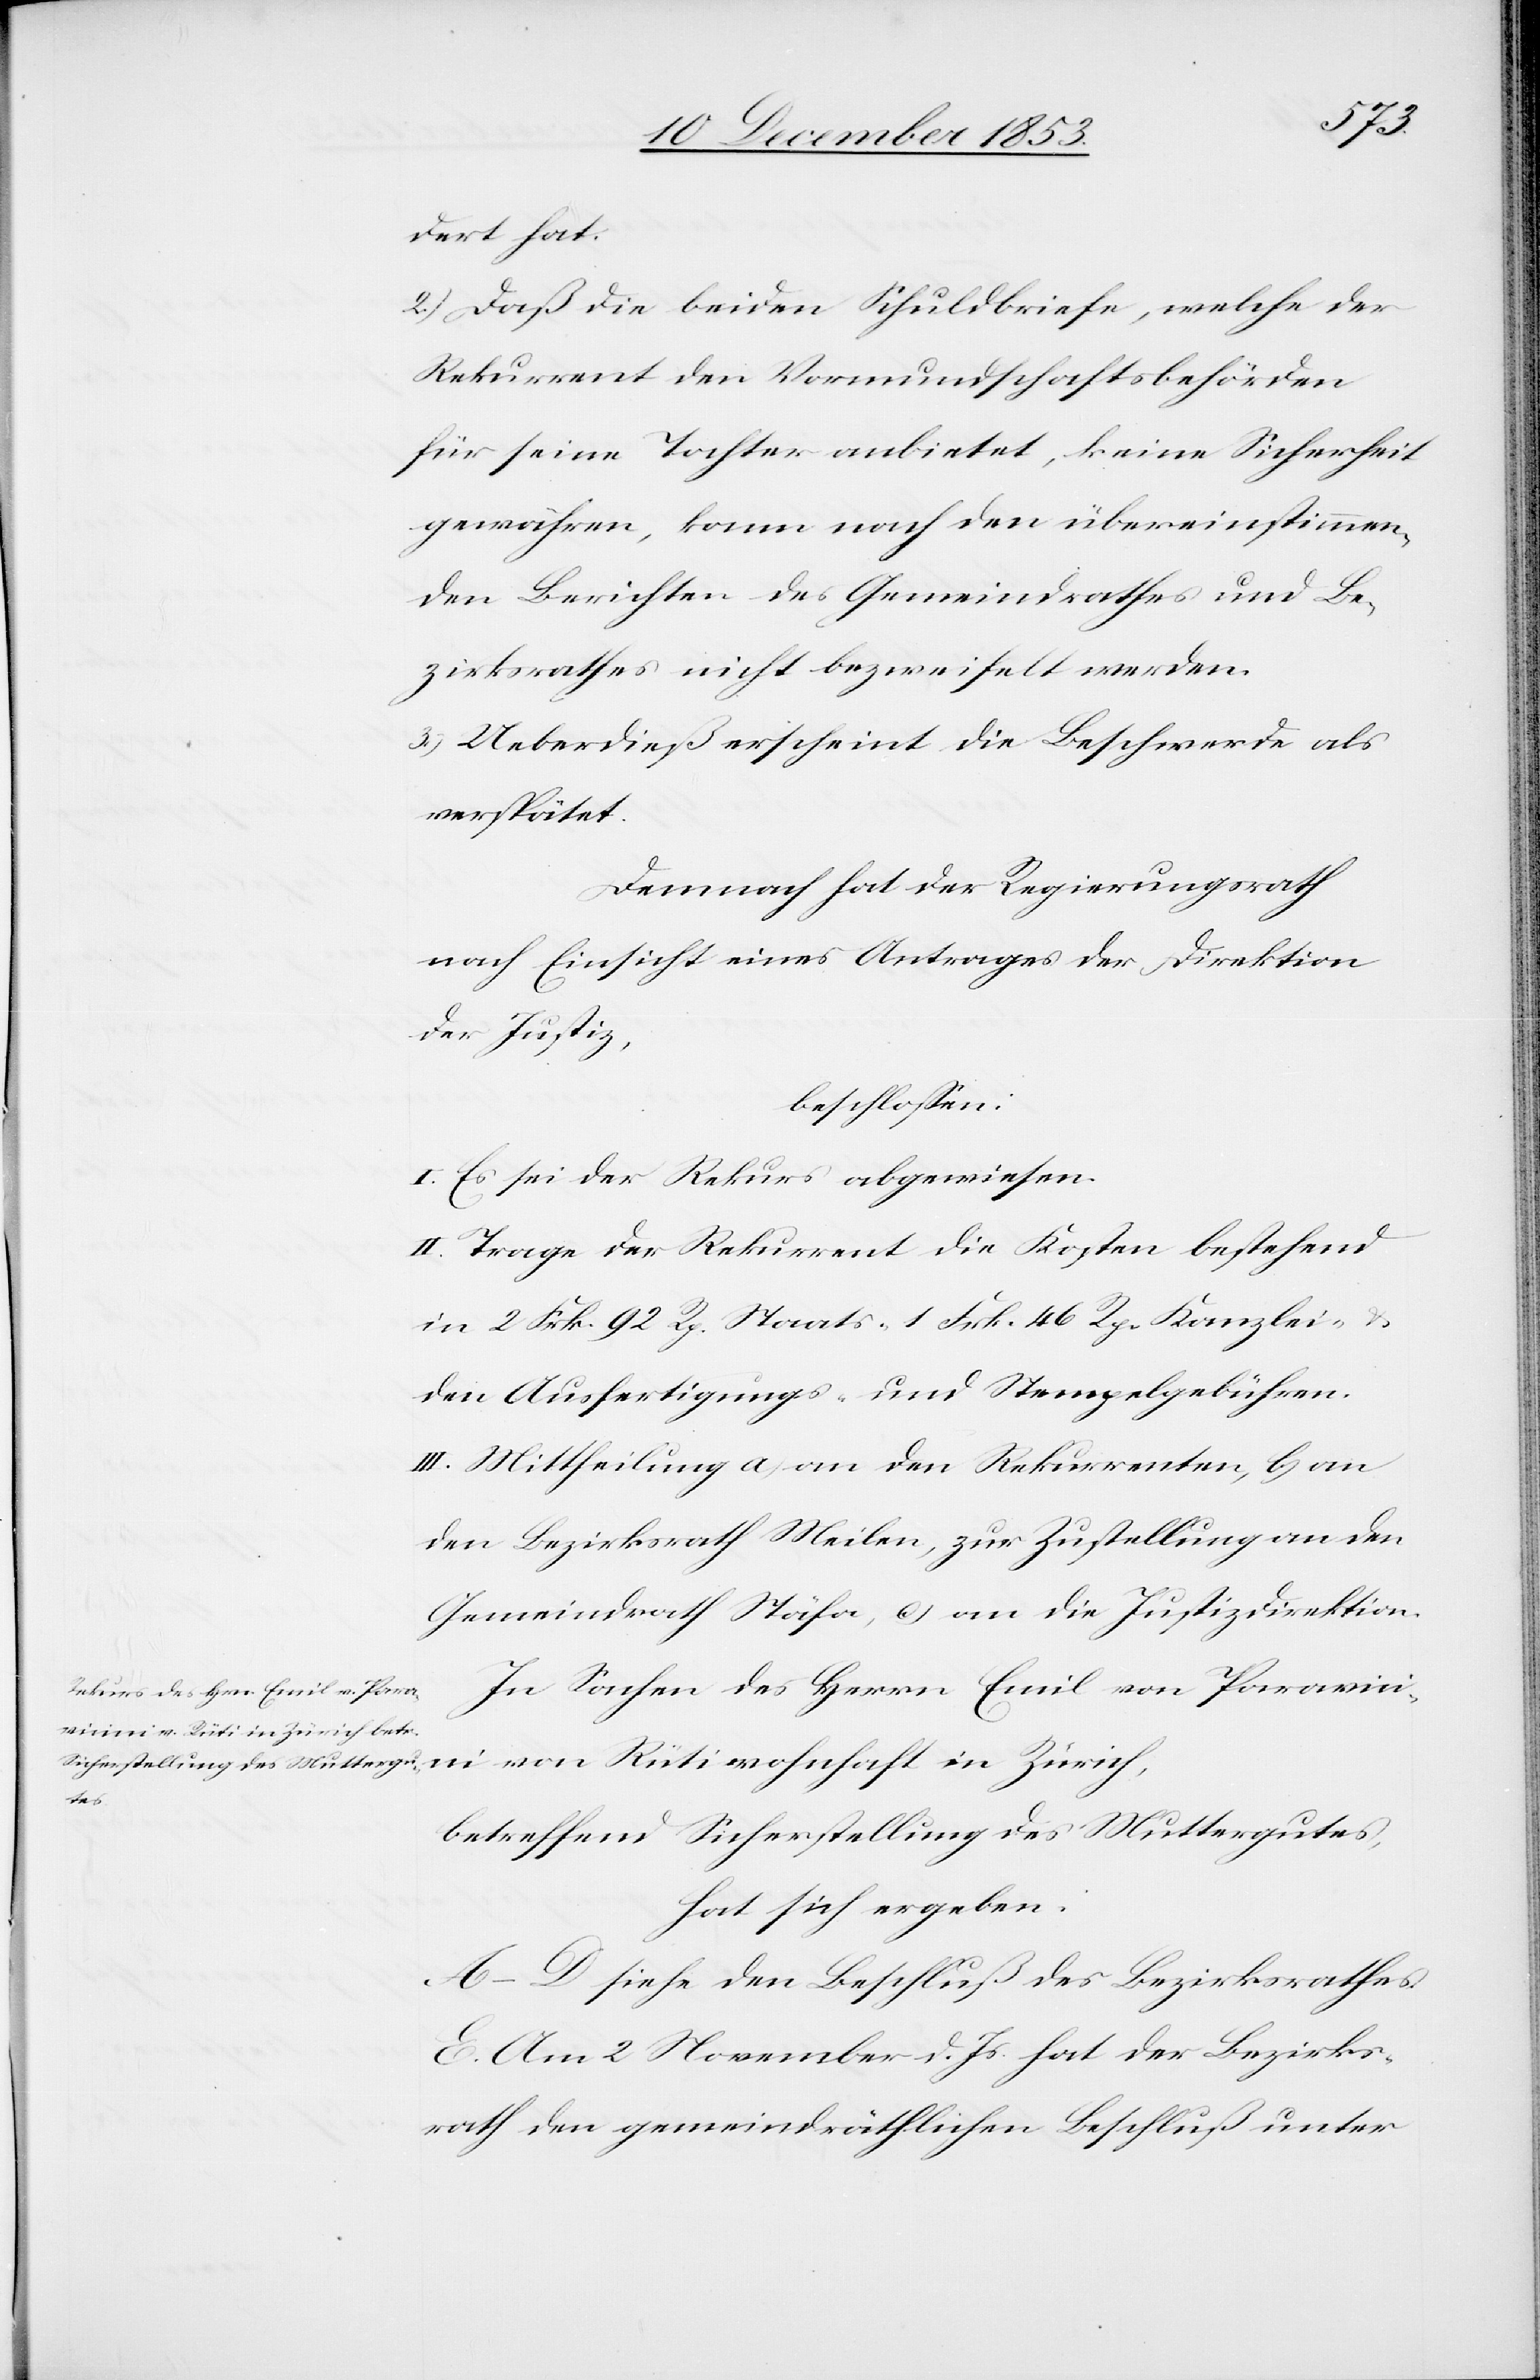
dert hat.
2) Daß die beiden Schuldbriefe, welche der
Rekurrent den Vormundschaftsbehörden
für seine Tochter anbietet, keine Sicherheit
gewähren, kann nach den übereinstimmen¬
den Berichten des Gemeindrathes und Be¬
zirksrathes nicht bezweifelt werden.
3) Uebedieß erscheint die Beschwerde als
verspätet.
Demnach hat der Regierungsrath
nach Einsicht eines Antrages der Direktion
der Justiz,
beschloßen:
I. Es sei der Rekurs abgewiesen.
II. Trage der Rekurrent die Kosten bestehend
in 2 Frk. 92 Rp. Staats- 1 Frk. 46 Rp. Kanzlei- u.
den Ausfertigungs- u. Stempelgebühren.
III. Mittheilung a) an den Rekurrenten, b) an
den Bezirksrath Meilen, zur Zustellung an den
Gemeindrath Stäfa, c) an die Justizdirektion.
In Sachen des Herrn Emil von Paravici¬
ni von Rüti wohnhaft in Zürich,
betreffend Sicherstellung des Muttergutes,
hat sich ergeben:
A–D. siehe den Beschluß des Bezirksrathes.
E. Am 2 November d. Js. hat der Bezirks¬
rath den gemeindräthlichen Beschluß unter